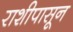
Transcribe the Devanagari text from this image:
राशीपासून